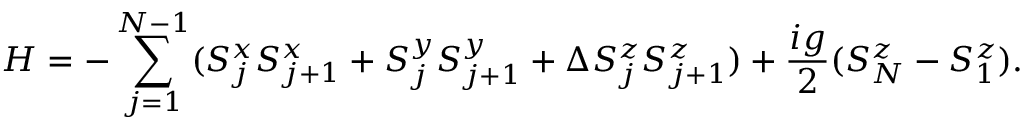
H = - \sum _ { j = 1 } ^ { N - 1 } ( S _ { j } ^ { x } S _ { j + 1 } ^ { x } + S _ { j } ^ { y } S _ { j + 1 } ^ { y } + \Delta S _ { j } ^ { z } S _ { j + 1 } ^ { z } ) + \frac { i g } { 2 } ( S _ { N } ^ { z } - S _ { 1 } ^ { z } ) .